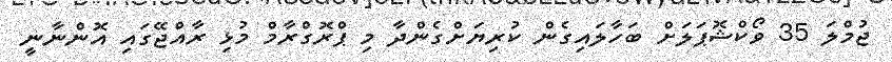
ޖުމްލަ 35 ވޯކްޝޮޕަލަށް ބަހާލައިގެން ކުރިޔަށްގެންދާ މި ޕްރޮގްރާމް މުޅި ރާއްޖޭގައި އޮންނާނީ